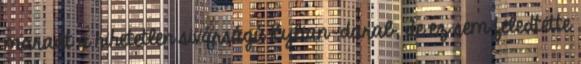
maradt a hihetetlen sivárságú Kylian-darab, de ez sem feledtette